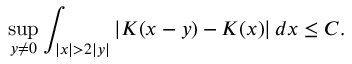
\operatorname* { s u p } _ { y \neq 0 } \int _ { | x | > 2 | y | } | K ( x - y ) - K ( x ) | \, d x \leq C .